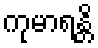
ကုမာရန္တိ